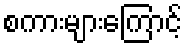
စကားများကြောင့်